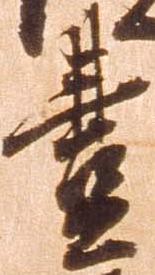
豊